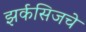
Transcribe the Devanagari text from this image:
झर्कसिजचे